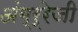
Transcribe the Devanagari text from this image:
अंग्र्रेजी